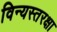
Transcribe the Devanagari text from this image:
विन्यस्तरक्षा